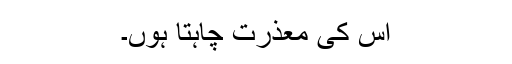
اس کی معذرت چاہتا ہوں۔